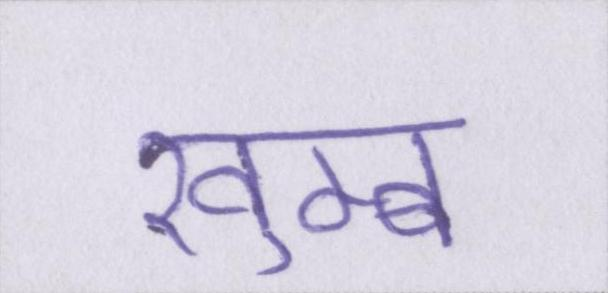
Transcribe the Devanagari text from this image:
खुम्ब